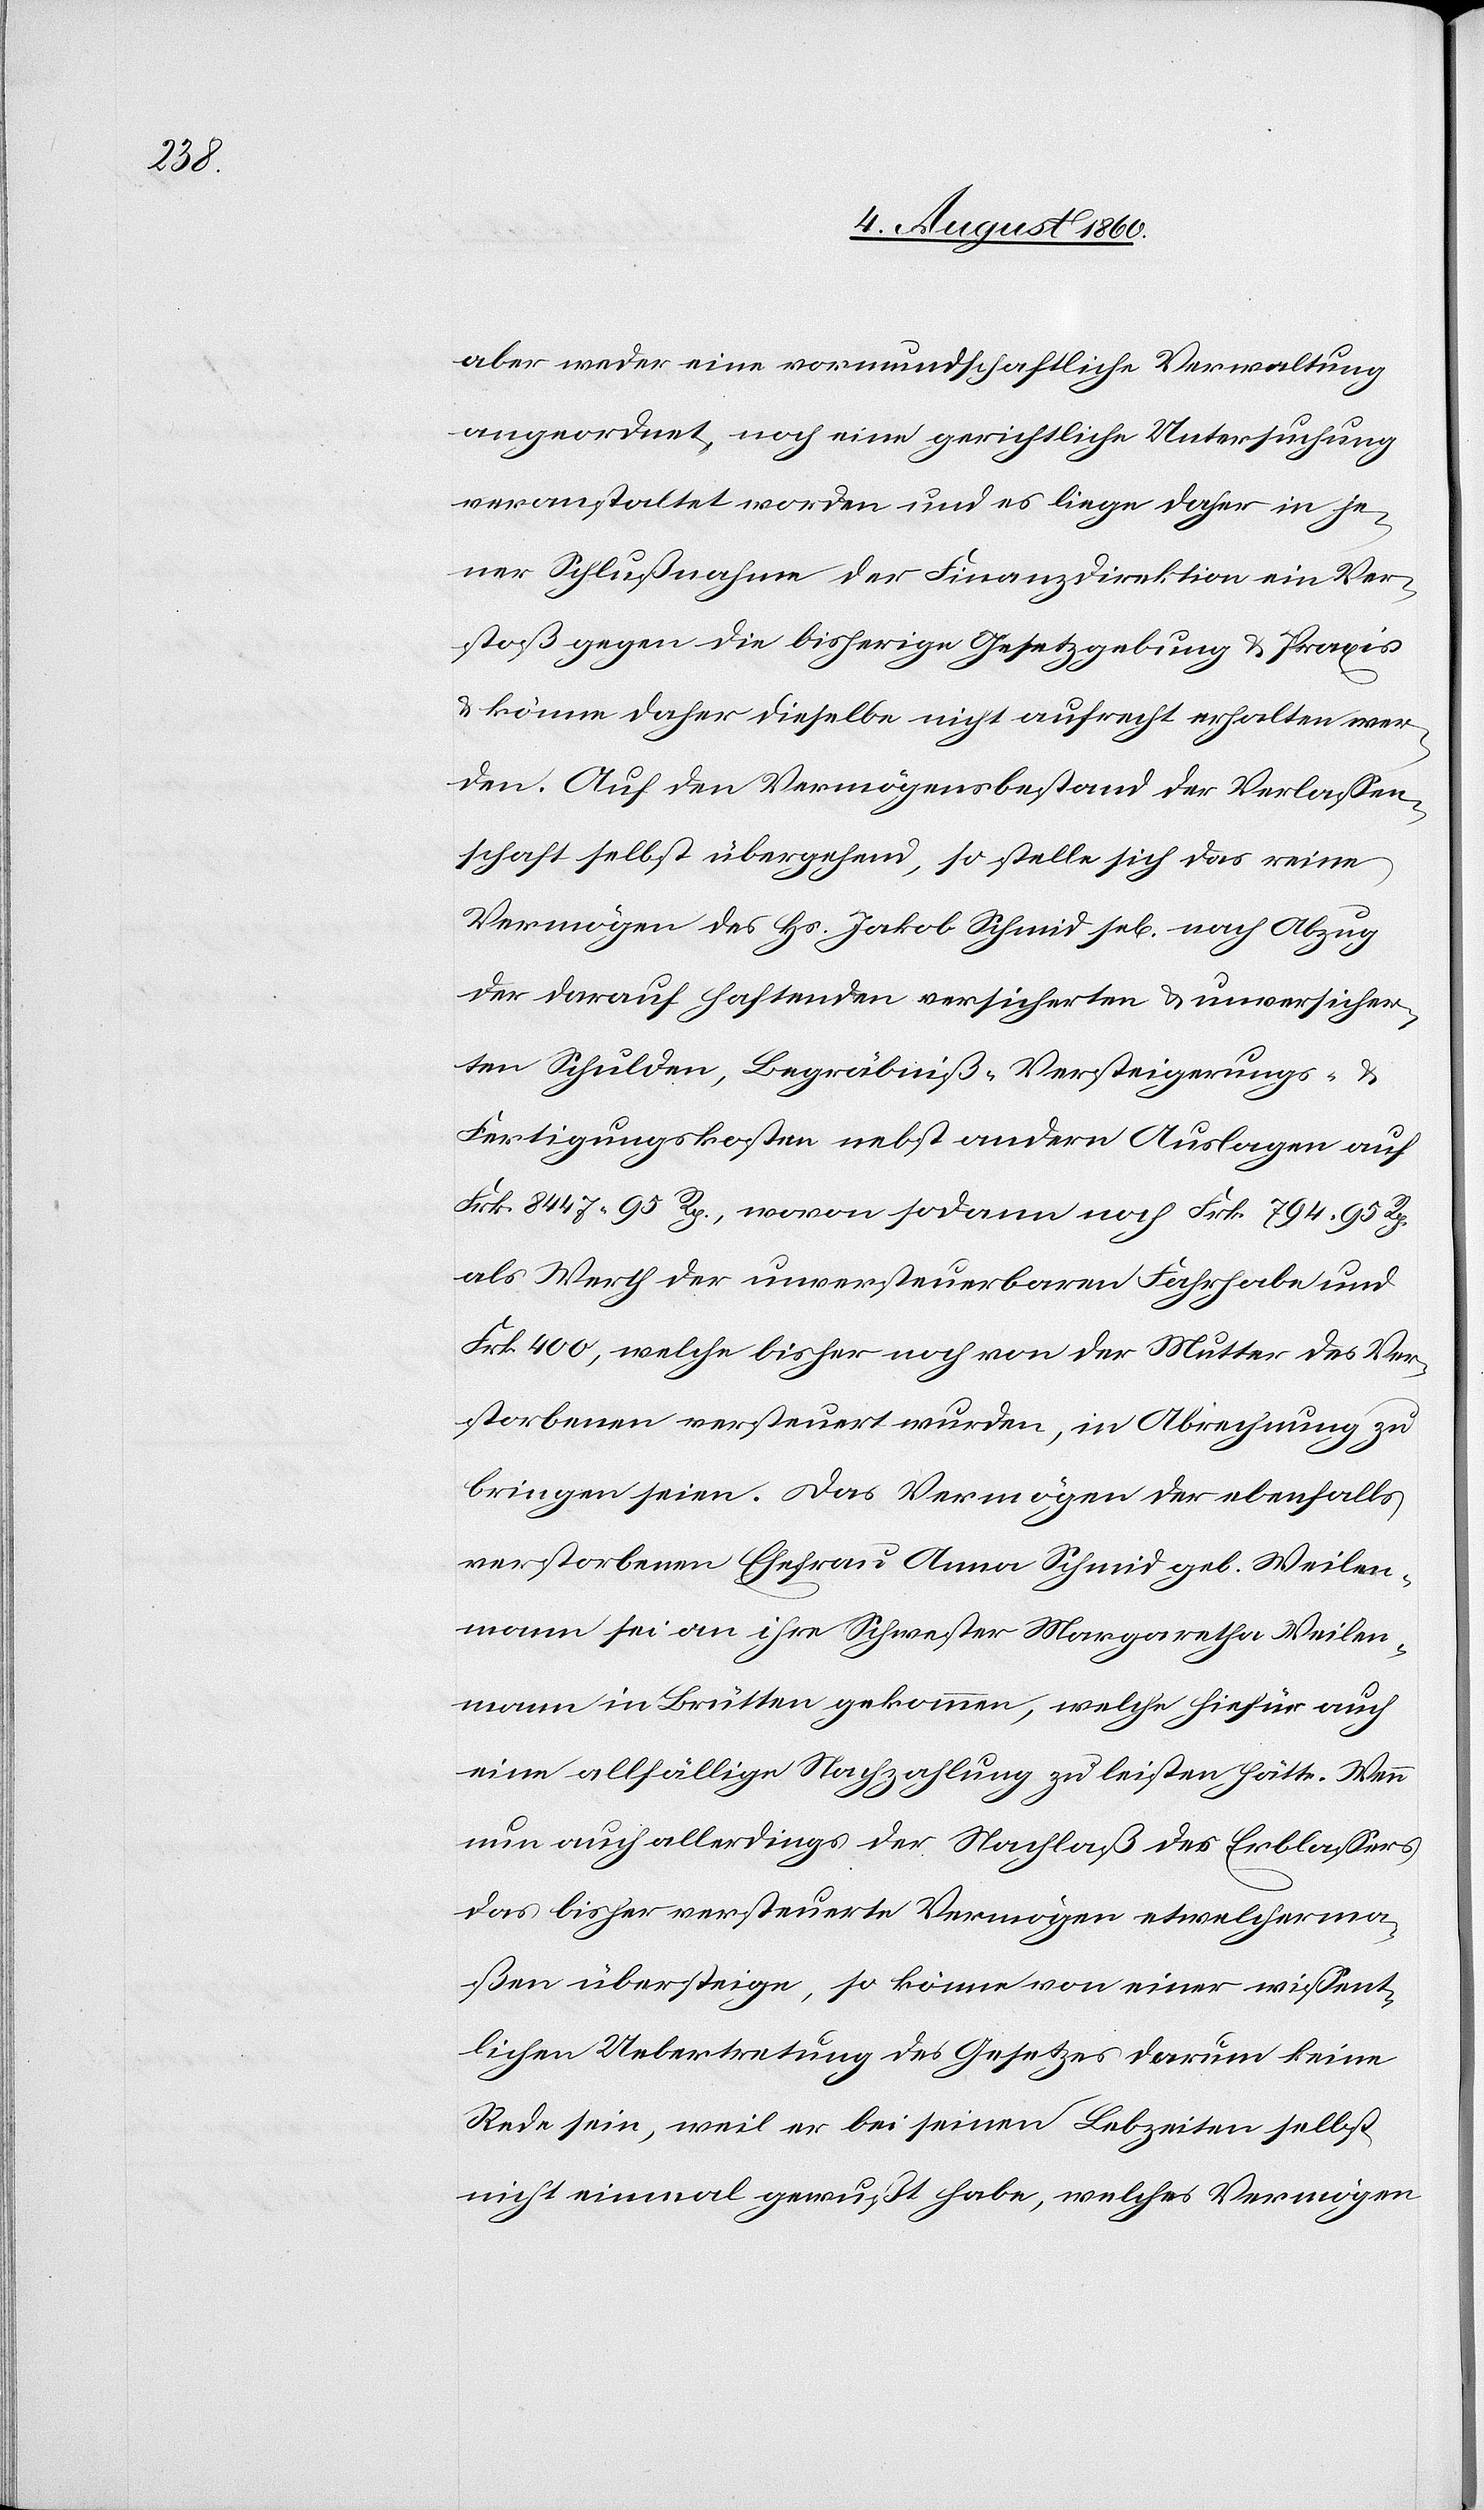
aber weder eine vormundschaftliche Verwaltung
angeordnet, noch eine gerichtliche Untersuchung
veranstaltet worden und es lege daher in je¬
ner Schlußnahme der Finanzdirektion ein Ver¬
stoß gegen die bisherige Gesetzgebung u. Praxis
u. könne daher dieselbe nicht aufrecht erhalten wer¬
den. Auf den Vermögensbestand der Verlassen¬
schaft selbst übergehend, so stelle sich das reine
Vermögen des Hs. Jakob Schmid sel. nach Abzug
der darauf haftenden versicherten und unversicher¬
ten Schulden, Begräbniss- Versteigerungs- u.
Fertigungskosten nebst andern Auslagen auf
Frk. 8147 95 Rp., wovon sodann noch Frk. 794. 95 Rp.
als Werth der unversteuerten Fahrhabe und
fcs. 400, welche bisher noch von der Mutter des Ver¬
storbenen versteuert wurden, in Abrechnung zu
bringen seien. Das Vermögen der ebenfalls
verstorbenen Ehefrau Anna Schmid geb. Weile¬
mann sei an ihre Schwester Margaretha Weilen¬
mann [sic!] in Brütten gekommen, welche hiefür auch
eine allfällige Nachzahlung zu leisten hätte. Wenn
nun auch allerdings der Nachlass des Erblassers
das bisher versteuerte Vermögen etwelcherma¬
ssen übersteige, so könne von einer wissent¬
lichen Uebertretung des Gesetzes darum keine
Rede sein, weil er bei seinen Lebzeiten selbst
nicht einmal gewusst habe, welches Vermögen